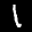
Label: 1